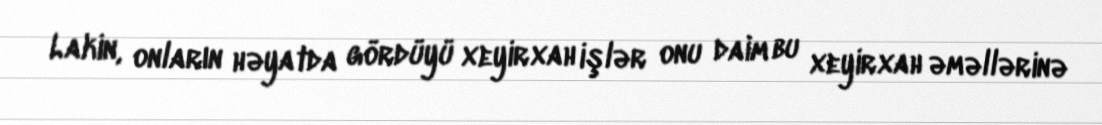
Lakin, onların həyatda gördüyü xeyirxah işlər onu daim bu xeyirxah əməllərinə